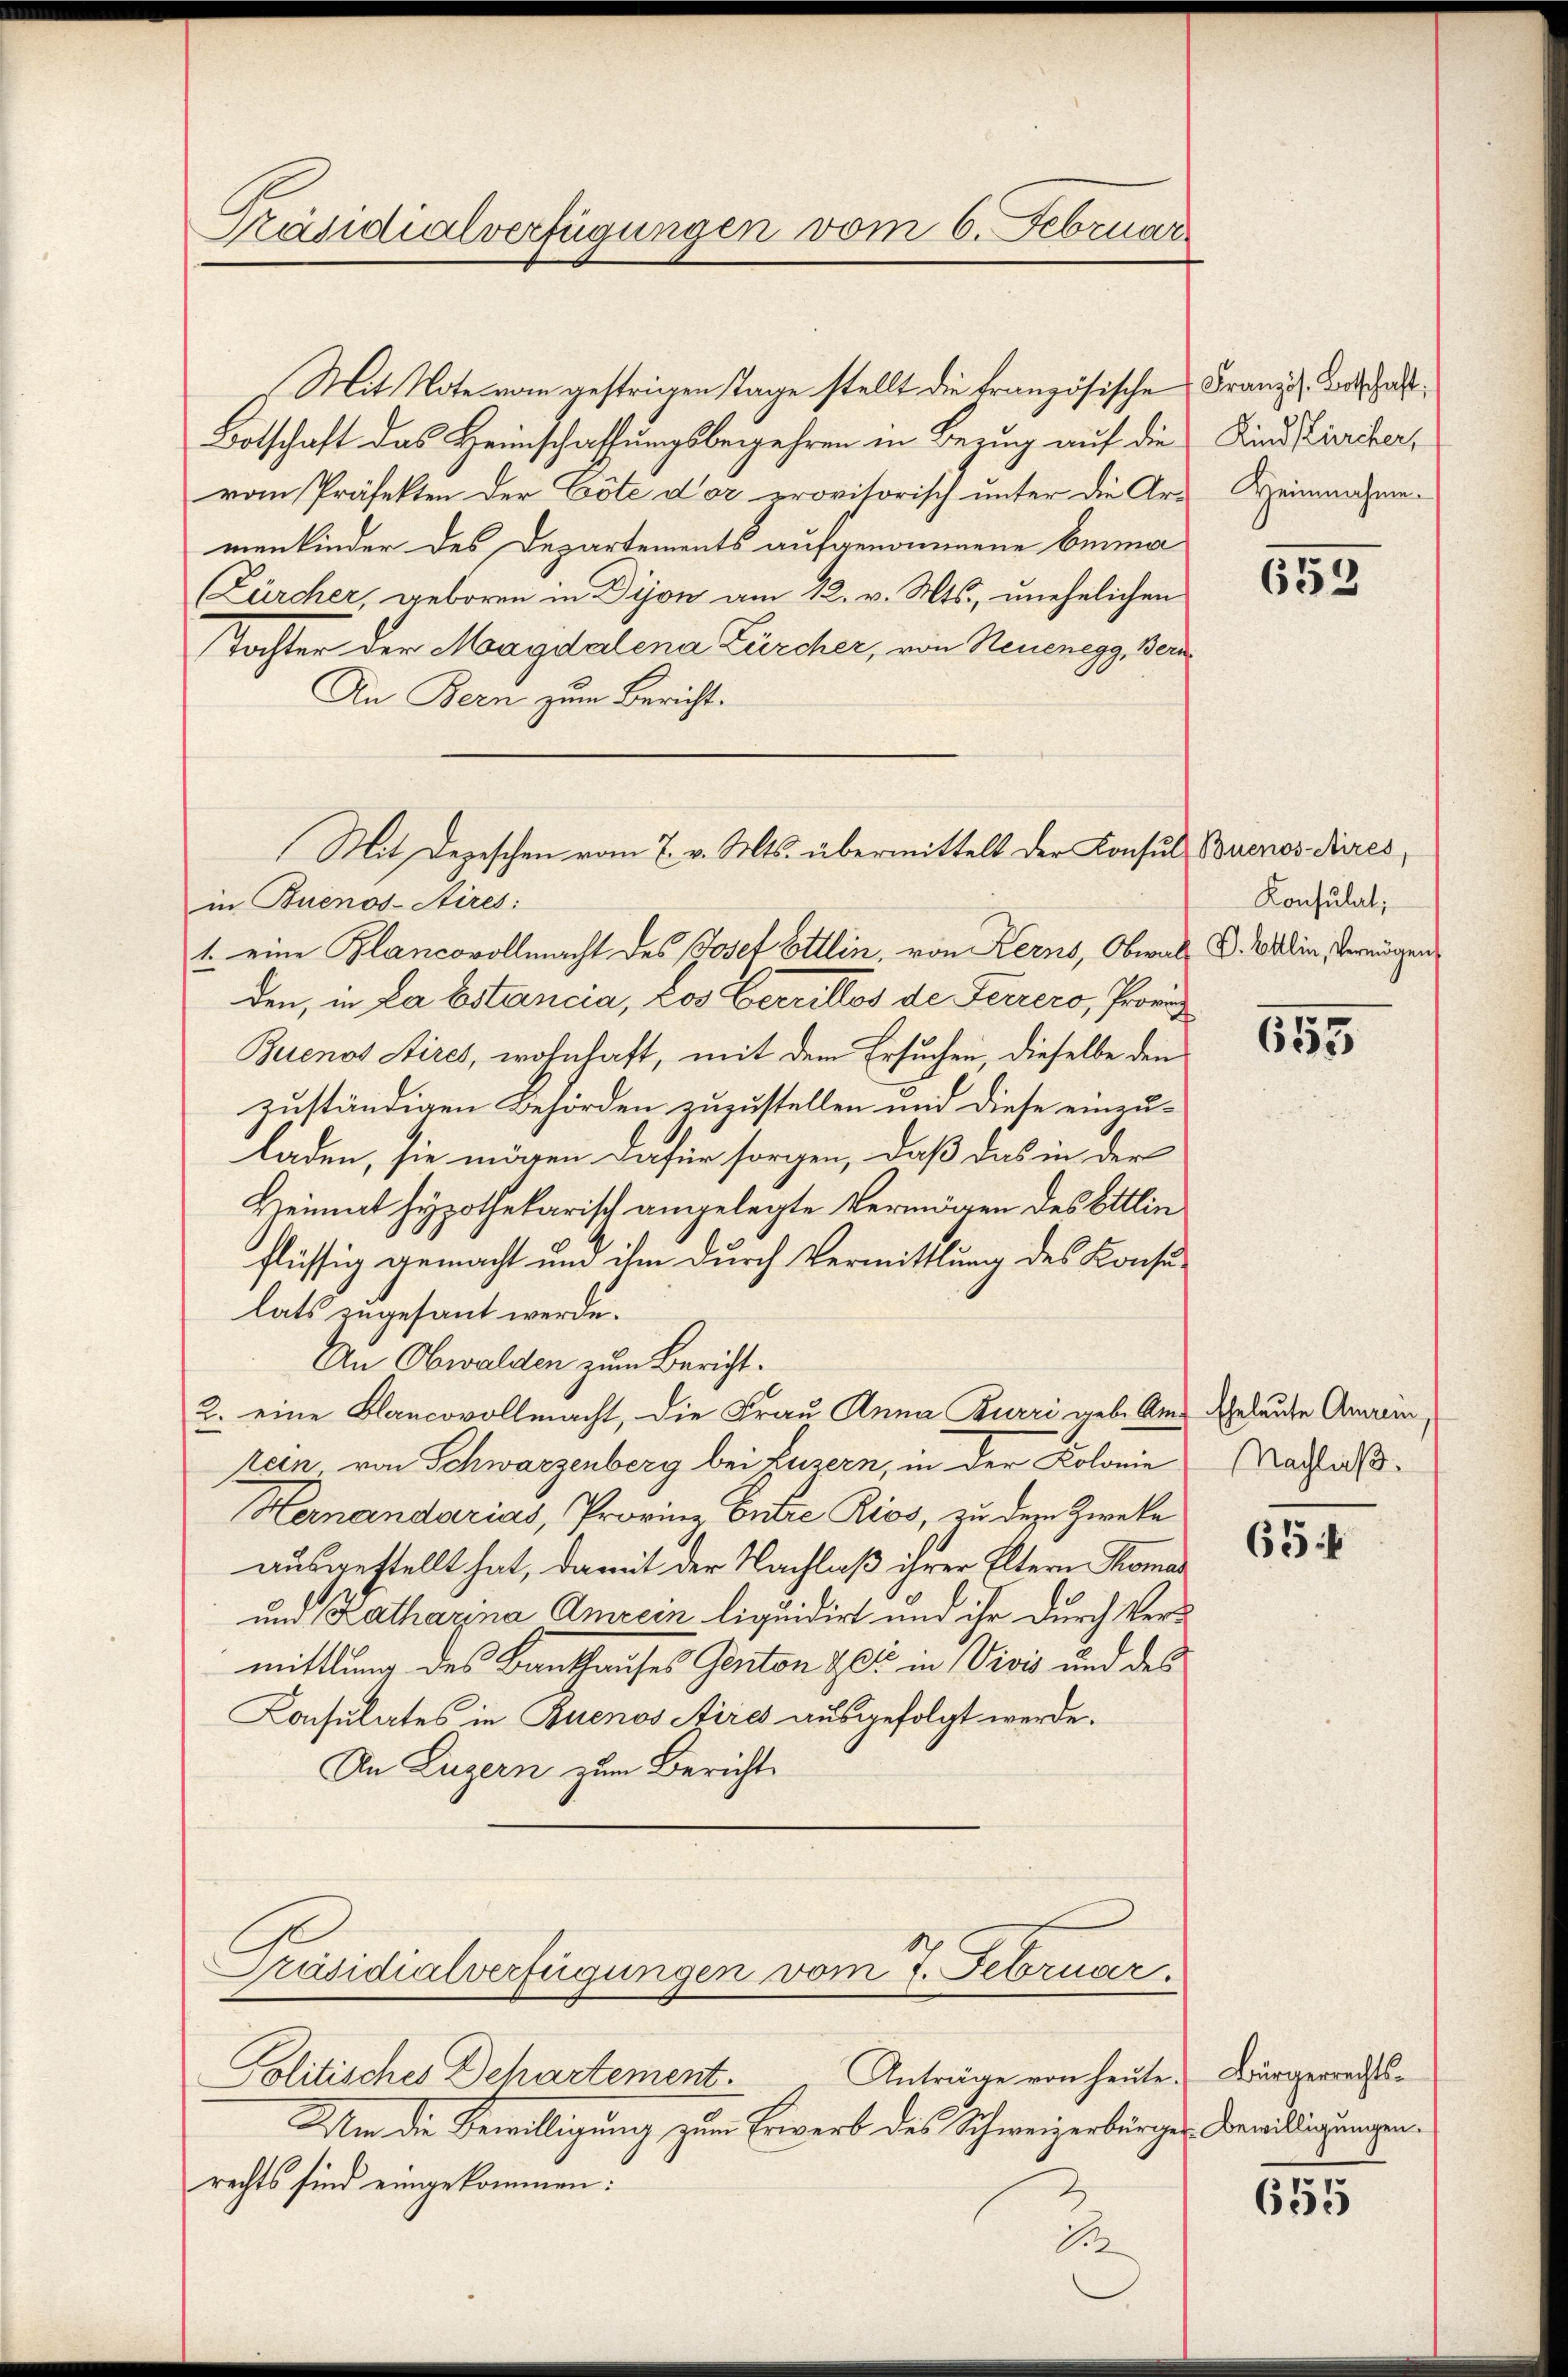
Präsidialverfügungen vom 6. Februar

Mit Note vom gestrigen Tage stellt die französische
Botschaft das Heimschaffungsbegehren in Bezug auf die
vom Präfekten der Cote d’or provitorisch unter die Ar-
menkinder des Departements aufgenommene Emma
(Zürcher, geboren in Bijon am 12. v. Mts., unehelichen
Tochter der Magdalena Zürcher, von Neuenegg, der
An Bern zum Bericht.
in Buenos-Aires:
1. eine Blancovollmacht des Josef Ellin, von Kerns, Obwal
den, in La Bstancia, Los Verrillos de Feurero, Provi
Buenos Aires, wohnhaft, mit dem Ersuchen, dieselbe den
zuständigen Behörden zuzustellen und diese einzuladen, sie mögen dafür sorgen, daß das in der
Heimat Hypothekarisch angelegte Vermögen des Ettlin
flüssig gemacht und ihm durch Vermittlung des Konsulats zugesant werde.
An Obwalden zum Bericht.
2. eine Blancovollmacht, die Frau Anna Burri geb. Am geleute Anrein,
rein, von Schwarzenberg bei Luzern, in der Kolonie
Hernandarias, Provinz Euere Rios, zu dem Zweke
ausgestellt hat, damit der Nachlaß ihrer Eltern Thomas
und Katharina Amrein liquidirt und ihr durch Vermittlung des Banthauses Genton & es in Vivis und des
Konsulates in Buenos Aires ausgefolgt werde.
An Luzern zum Bericht
Präsidialverfügungen vom 7. Februar.
Anträge von heute.
Politisches Dehartement.
Um die Bewilligung zum Erwerb des Schweizerbürger
rechts sind eingekommen:
2
1

Mit Depeschen vom 7. v. Mts. übermittelt der Konsul

Französ. Botschaft;
Kind Kircher,
Heinnahme.

653

Buenos-Aires,
Konsulat,
V. Ellin, Vermögen

655

Nachlaß.

65 f

Bürgerrechts-
Bewilligungen.

655